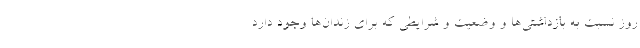
روز نسبت به بازداشتی‌ها و وضعیت و شرایطی که برای زندان‌ها وجود دارد